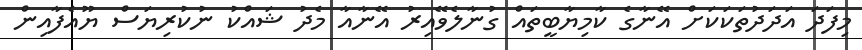
މިފަދަ އަދަދުތަކަކަށް އޭނާގެ ކާމިޔާބީތައް ގުނާލެވޭއިރު އޭނާއާ މެދު ޝައްކު ނުކުރިޔަސް ޔޫއެފާއިން